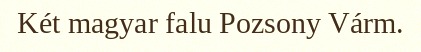
Két magyar falu Pozsony Várm.